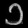
Digit: ၁